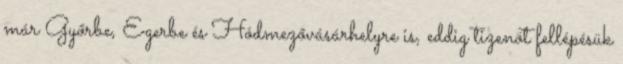
már Győrbe, Egerbe és Hódmezővásárhelyre is, eddig tizenöt fellépésük